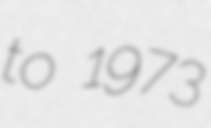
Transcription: to 1973